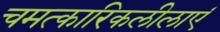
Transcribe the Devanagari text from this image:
चमत्कारिकलीलाएं